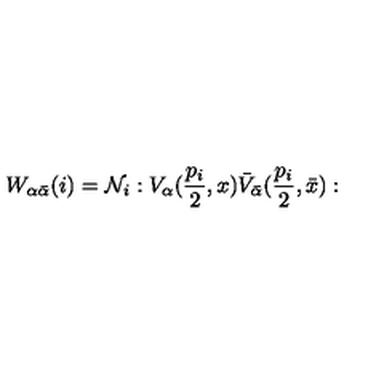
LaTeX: W _ { \alpha \bar { \alpha } } ( i ) = { \cal N } _ { i } : V _ { \alpha } ( \frac { p _ { i } } { 2 } , x ) \bar { V } _ { \bar { \alpha } } ( \frac { p _ { i } } { 2 } , \bar { x } ) :